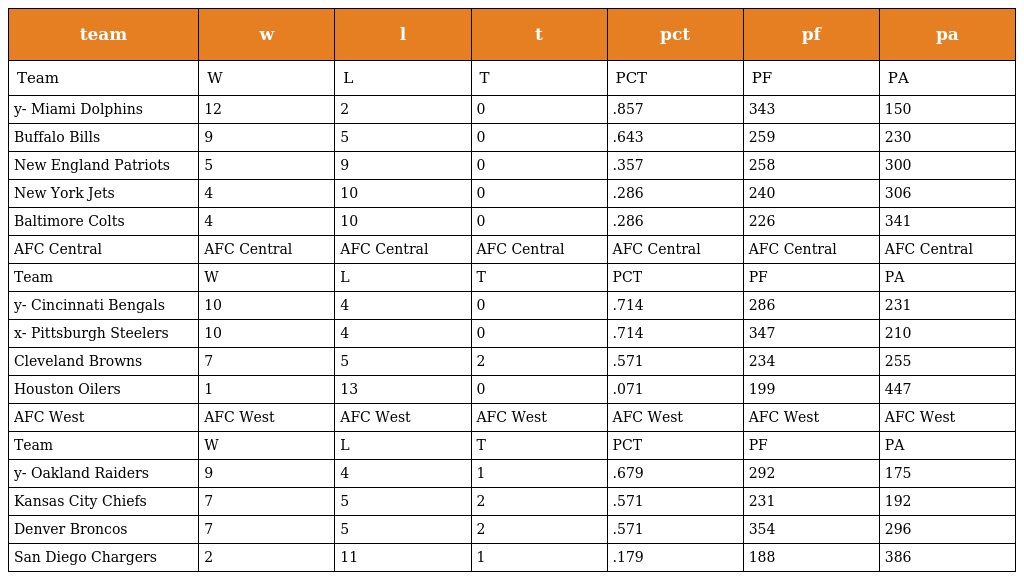
| team | w | l | t | pct | pf | pa |
 | --- | --- | --- | --- | --- | --- | --- |
 | Team | W | L | T | PCT | PF | PA |
 | y- Miami Dolphins | 12 | 2 | 0 | .857 | 343 | 150 |
 | Buffalo Bills | 9 | 5 | 0 | .643 | 259 | 230 |
 | New England Patriots | 5 | 9 | 0 | .357 | 258 | 300 |
 | New York Jets | 4 | 10 | 0 | .286 | 240 | 306 |
 | Baltimore Colts | 4 | 10 | 0 | .286 | 226 | 341 |
 | AFC Central | AFC Central | AFC Central | AFC Central | AFC Central | AFC Central | AFC Central |
 | Team | W | L | T | PCT | PF | PA |
 | y- Cincinnati Bengals | 10 | 4 | 0 | .714 | 286 | 231 |
 | x- Pittsburgh Steelers | 10 | 4 | 0 | .714 | 347 | 210 |
 | Cleveland Browns | 7 | 5 | 2 | .571 | 234 | 255 |
 | Houston Oilers | 1 | 13 | 0 | .071 | 199 | 447 |
 | AFC West | AFC West | AFC West | AFC West | AFC West | AFC West | AFC West |
 | Team | W | L | T | PCT | PF | PA |
 | y- Oakland Raiders | 9 | 4 | 1 | .679 | 292 | 175 |
 | Kansas City Chiefs | 7 | 5 | 2 | .571 | 231 | 192 |
 | Denver Broncos | 7 | 5 | 2 | .571 | 354 | 296 |
 | San Diego Chargers | 2 | 11 | 1 | .179 | 188 | 386 |